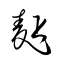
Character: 麪